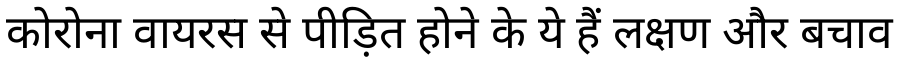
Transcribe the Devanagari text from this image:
कोरोना वायरस से पीड़ित होने के ये हैं लक्षण और बचाव